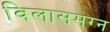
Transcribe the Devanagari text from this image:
विलासमग्न